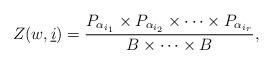
LaTeX: \begin{align*}Z(w, \underline i) = \frac {P_{\alpha_{i_{1}}} \times P_{\alpha_{i_{2}}} \times \cdots \times P_{\alpha_{i_{r}}}}{B \times \cdots\times B},\end{align*}